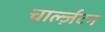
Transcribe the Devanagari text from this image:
चार्ल्ज़टन